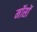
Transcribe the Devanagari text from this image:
मॉसों